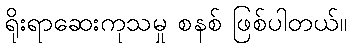
ရိုးရာဆေးကုသမှု စနစ် ဖြစ်ပါတယ်။